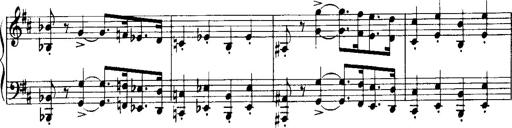
Title: Historische ungarische Bildnisse
Composer: Franz Liszt